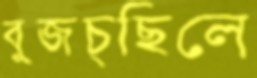
বুজচ্ছিলে